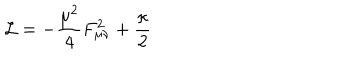
LaTeX: { \cal L } = - \frac { \mu ^ { 2 } } { 4 } F _ { \mu \nu } ^ { 2 } + \frac { \kappa } { 2 }